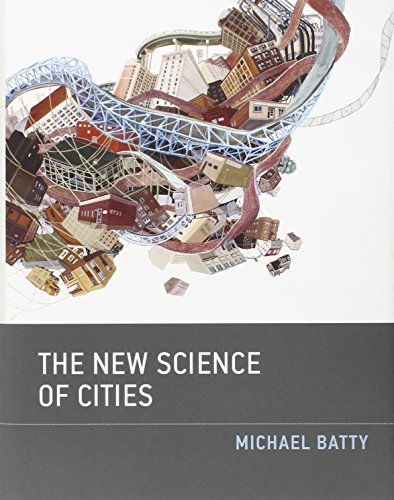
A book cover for The New Science of Cities; Michael Batty; Science & Math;